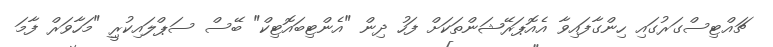
ޗައްޓިސްގަރުގައި ހިންގާފައިވާ އެއޮޕަރޭޝަންތަކަށް ފަހު ދިން "އެންޓިބައޮޓިކް" ބޭސް ސަޕްލައިކުރިީ "މަހާވަރް ފާމަ